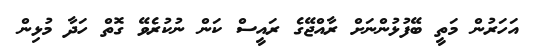
އަހަރުން މަތީ ބޭފުޅުންނަށް ރާއްޖޭގެ ރައީސް ކަން ނުކުރެވޭ ގޮތް ހަދާ މުޅިން